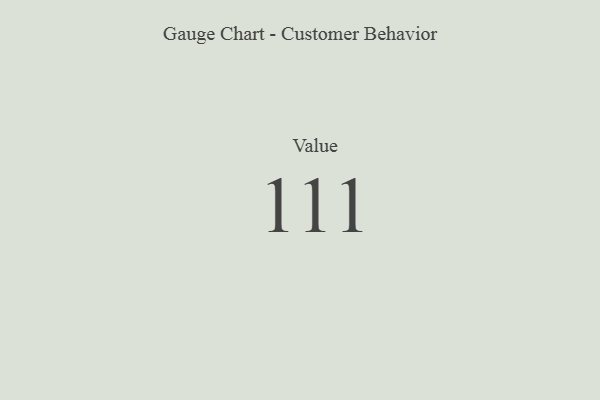
{"axis": {"x": "Metric", "y": "Value"}, "legend": [""], "data": [{"x": "Value", "y": 111, "type": ""}]}